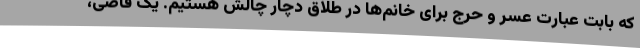
که بابت عبارت عسر و حرج برای خانم‌ها در طلاق دچار چالش هستیم. یک قاضی،